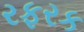
રફરક